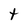
Character: t